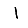
Digit: 1